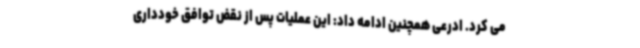
می کرد. ادرعی همچنین ادامه داد: این عملیات پس از نقض توافق خودداری